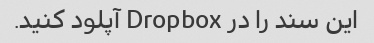
این سند را در Dropbox آپلود کنید.